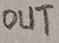
Text: OUT